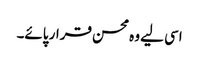
اسی لیے وہ محسن قرار پائے۔